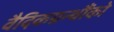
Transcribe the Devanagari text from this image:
वैदिकग्रन्थौंको